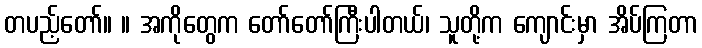
တပည့်တော်။ ။ အကိုတွေက တော်တော်ကြီးပါတယ်၊ သူတို့က ကျောင်းမှာ အိပ်ကြတာ